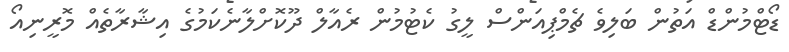
ޑޯޓްމުންޑް އަތުން ބަލިވެ ޗެމްޕިއަންސް ލީގު ކެޓުމުން ރެއާލް ދޫކޮށްލާނެކަމުގެ އިޝާރާތެއް މޮރީނިއޯ